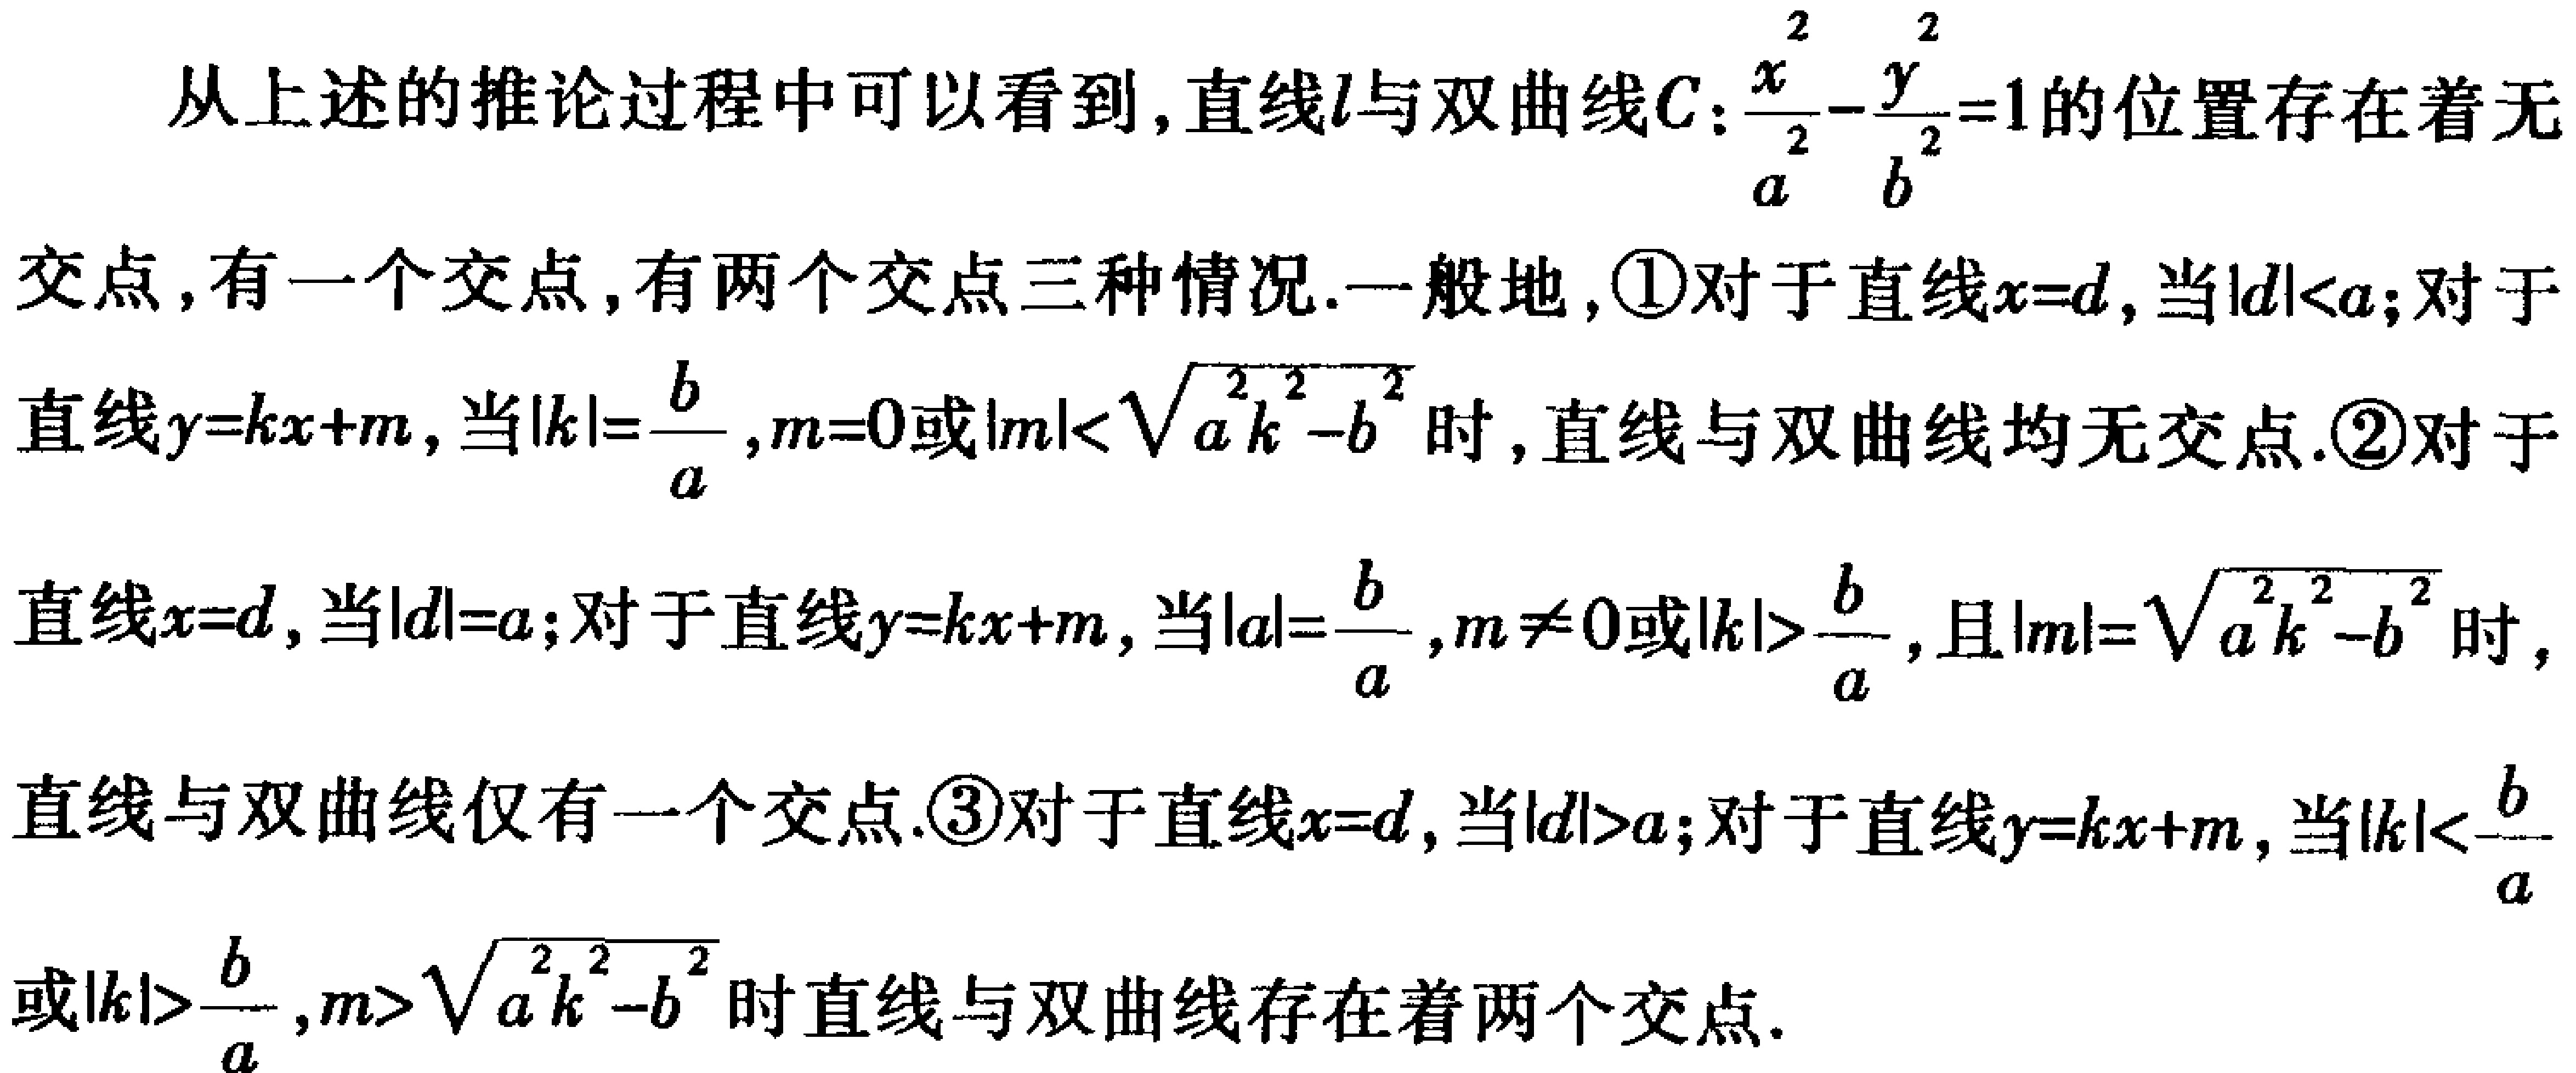
从上述的推论过程中可以看到,直线\(l\)与双曲线\(C:\frac{x^{2}}{a^{2}}-\frac{y^{2}}{b^{2}} = 1\)的位置存在着无
交点,有一个交点,有两个交点三种情况.一般地,\textcircled{1}对于直线\(x = d\),当\(\vert d\vert\lt a\);对于
直线\(y=kx + m\),当\(\vert k\vert=\frac{b}{a},m = 0\)或\(\vert m\vert\lt\sqrt{a^{2}k^{2}-b^{2}}\)时,直线与双曲线均无交点.\textcircled{2}对于
直线\(x = d\),当\(\vert d\vert=a\);对于直线\(y=kx + m\),当\(\vert a\vert=\frac{b}{a},m\neq0\)或\(\vert k\vert\gt\frac{b}{a}\),且\(\vert m\vert=\sqrt{a^{2}k^{2}-b^{2}}\)时,
直线与双曲线仅有一个交点.\textcircled{3}对于直线\(x = d\),当\(\vert d\vert\gt a\);对于直线\(y=kx + m\),当\(\vert k\vert\lt\frac{b}{a}\)
或\(\vert k\vert\gt\frac{b}{a},m\gt\sqrt{a^{2}k^{2}-b^{2}}\)时直线与双曲线存在着两个交点.